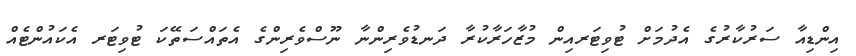
އިންޑިއާ ސަރުކާރުގެ އެދުމަށް ޓުވިޓަރއިން މުޒާހަރާކުރާ ދަނޑުވެރިންނާ ނޫސްވެރިންގެ އެތައްސަތޭކަ ޓުވިޓަރ އެކައުންޓެއް